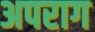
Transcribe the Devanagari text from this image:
अपराग